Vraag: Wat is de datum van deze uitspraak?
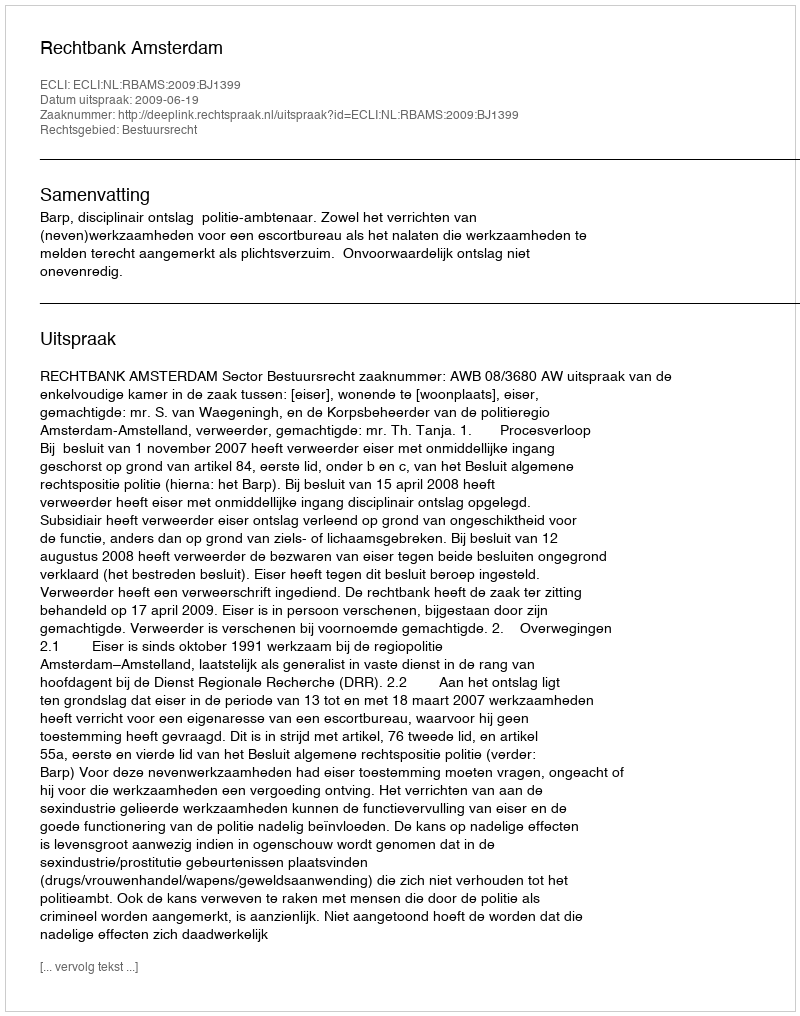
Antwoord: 2009-06-19